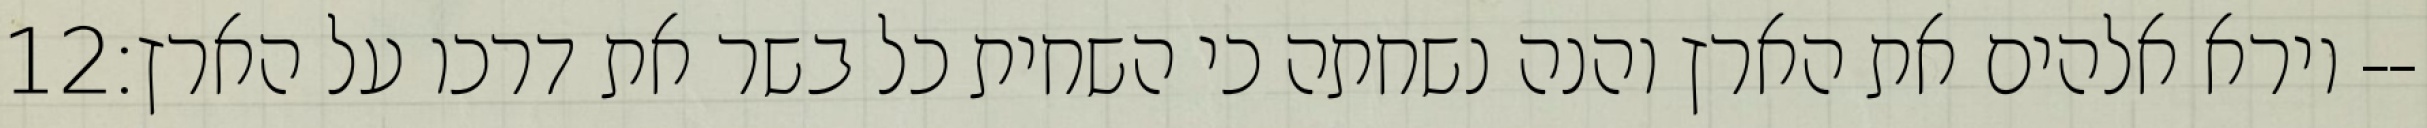
‎12‏ וירא אלהים את הארץ והנה נשחתה כי השחית כל בשר את דרכו על הארץ׃--